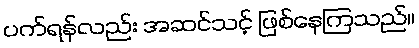
ပက်ရန်လည်း အဆင်သင့် ဖြစ်နေကြသည်။